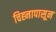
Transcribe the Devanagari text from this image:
चिह्नापासून